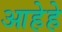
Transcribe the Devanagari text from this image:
आहेहे